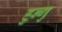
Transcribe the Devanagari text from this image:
हुन्गु